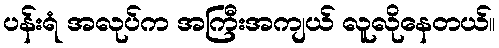
ပန်းရံ အလုပ်က အကြီးအကျယ် လူလိုနေတယ်။